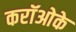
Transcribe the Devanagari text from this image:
करॉओके